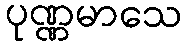
ပုဏ္ဏမာသေ